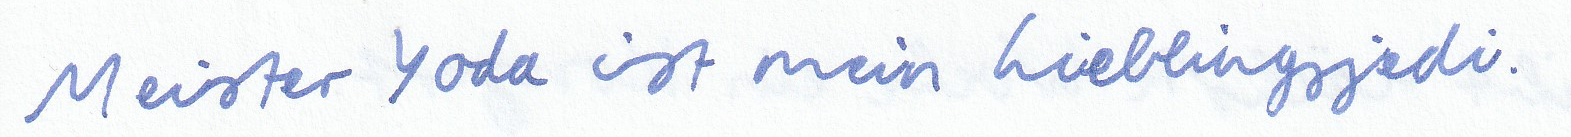
Meister Yoda ist mein Lieblingsyedi.